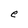
Character: e